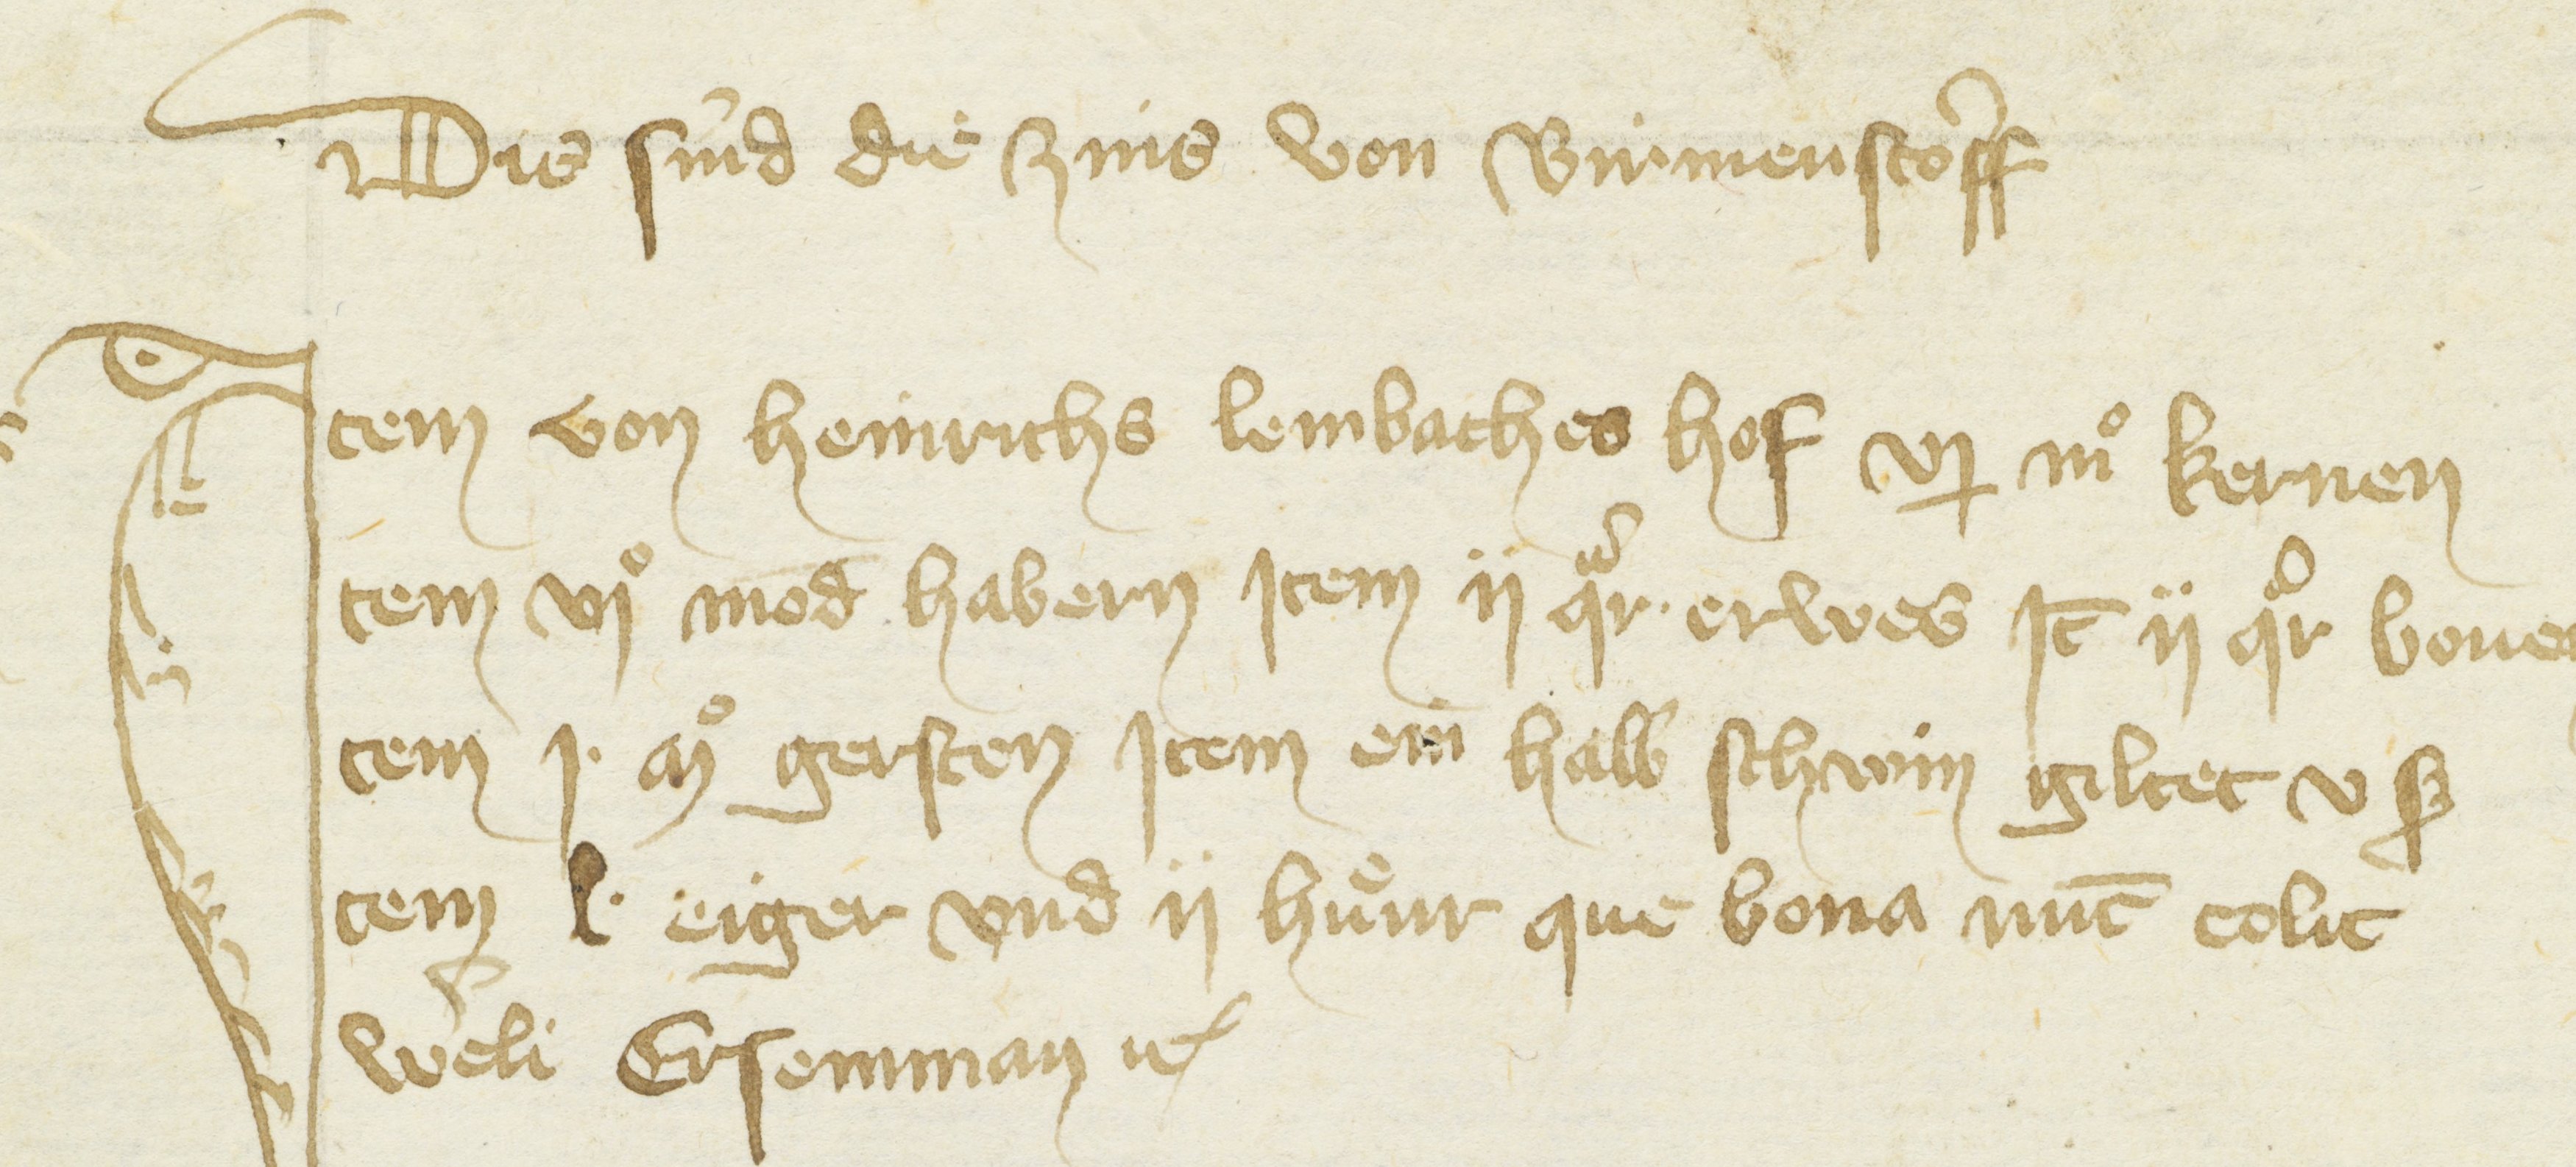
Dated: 1416–1418